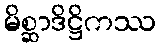
မိစ္ဆာဒိဋ္ဌိကဿ